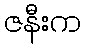
ဇနီးက